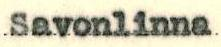
Savonlinna